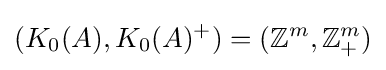
(K_{0}(A),K_{0}(A)^{+})=(\mathbb {Z} ^{m},\mathbb {Z} _{+}^{m})